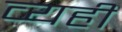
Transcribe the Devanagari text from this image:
व्यही